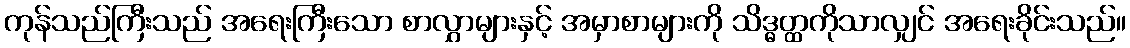
ကုန်သည်ကြီးသည် အရေးကြီးသော စာလွှာများနှင့် အမှာစာများကို သိဒ္ဓတ္ထကိုသာလျှင် အရေးခိုင်းသည်။